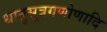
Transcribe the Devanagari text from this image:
धातुसूत्रगणोणादि